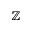
\mathbb { Z }